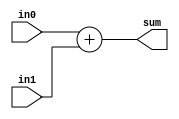
module adder(in0, in1, sum);

  input [31:0] in0, in1;
  output [31:0] sum;
  assign sum = in0 + in1;

endmodule